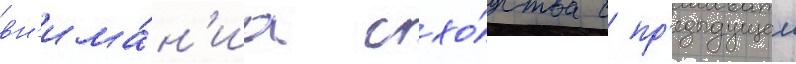
вн'има́н'иа схо́дства с пр'едыдущеи